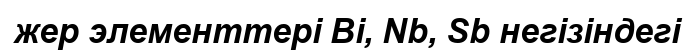
жер элементтері Ві, Nb, Sb негізіндегі